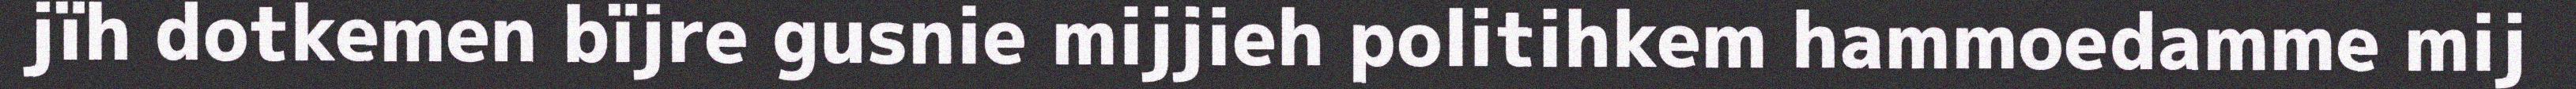
jïh dotkemen bïjre gusnie mijjieh politihkem hammoedamme mij